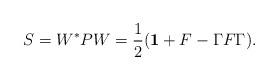
LaTeX: \begin{align*}S=W^*PW=\frac{1}{2}({\bf 1}+F-\Gamma F\Gamma).\end{align*}